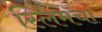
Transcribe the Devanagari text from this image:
स्लिमचा